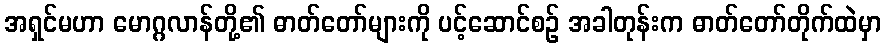
အရှင်မဟာ မောဂ္ဂလာန်တို့၏ ဓာတ်တော်များကို ပင့်ဆောင်စဉ် အခါတုန်းက ဓာတ်တော်တိုက်ထဲမှာ